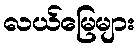
လယ်မြေများ